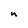
Character: n